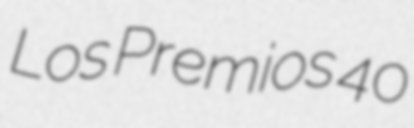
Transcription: Los Premios 40